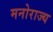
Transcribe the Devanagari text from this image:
मनोराज्य